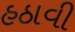
હઠાવી